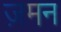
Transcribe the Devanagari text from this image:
ज़मन